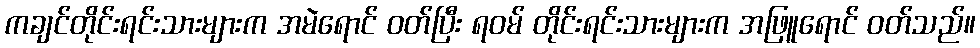
ကချင်တိုင်းရင်းသားများက အမဲရောင် ဝတ်ပြီး ရဝမ် တိုင်းရင်းသားများက အဖြူရောင် ဝတ်သည်။